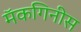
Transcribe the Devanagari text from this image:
मॅकगिनीस